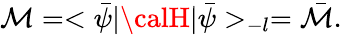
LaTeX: \mathcal{M}=<\bar{{\psi}}|{\calH}|\bar{{\psi}}>_{-l}=\bar{{\mathcal{M}}}.